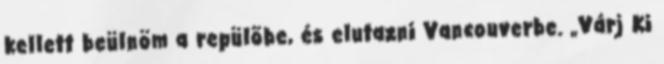
kellett beülnöm a repülõbe, és elutazni Vancouverbe. „Várj Ki